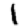
Digit: 1